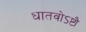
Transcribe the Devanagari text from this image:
धातवोऽष्टौ